Lunatic asylums United Provinces 1909-1921 - 1909-1921
Year: 1909
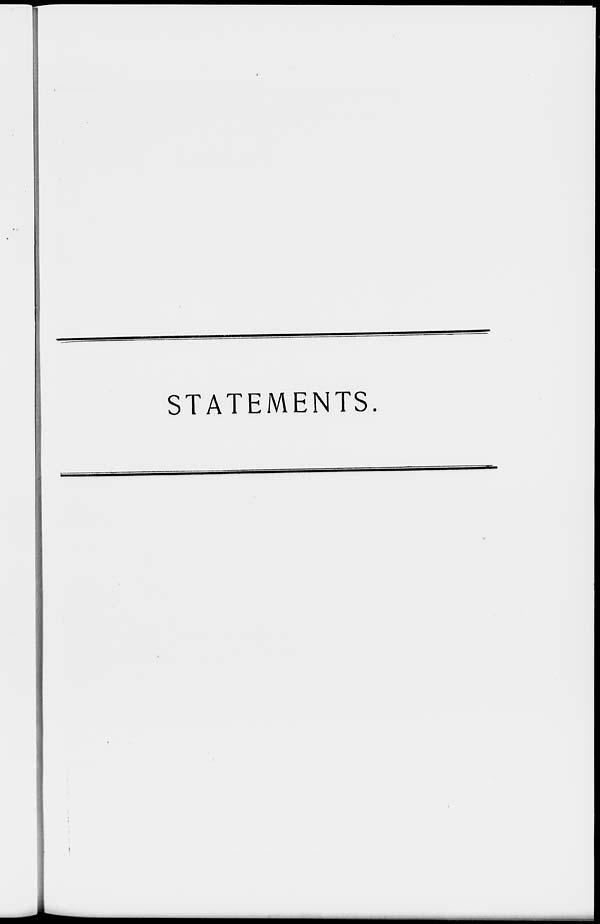
STATEMENTS.